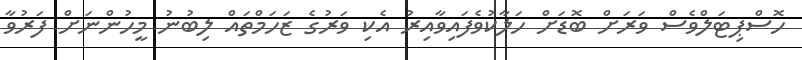
ހޮސްޕިޓަލްވެސް ވަރަށް ބޮޑަށް ހަލާކުވެފައިވާއިރު އެކި ވަރުގެ ޒަހަމްތައް ލިބުނު މީހުންނަށް ފަރުވާ